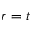
r = t